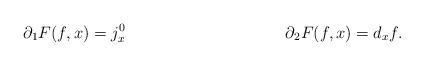
LaTeX: \begin{align*}\partial_1F(f,x) &= j^0_x & & & \partial_2F(f,x) &= d_xf.\end{align*}